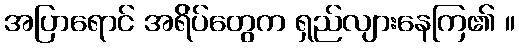
အပြာရောင် အရ်ိပ်တွေက ရှည်လျားနေကြ၏ ။